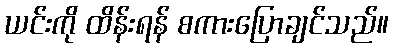
ယင်းကို ထိန်းရန် စကားပြောချင်သည်။